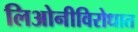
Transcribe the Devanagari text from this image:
लिओनीविरोधात